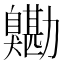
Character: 𦤯